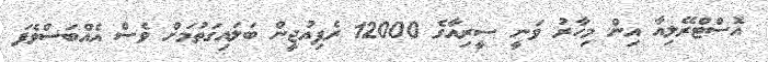
އޮސްޓްރޭލިއާ އިން މިހާރު ވަނީ ސީރިއާގެ 12000 ރެފިއުޖީން ބަލައިގަތުމަށް ވެސް އެއްބަސްވެފަ